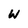
Character: W